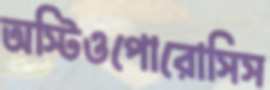
অস্টিওপোরোসিস